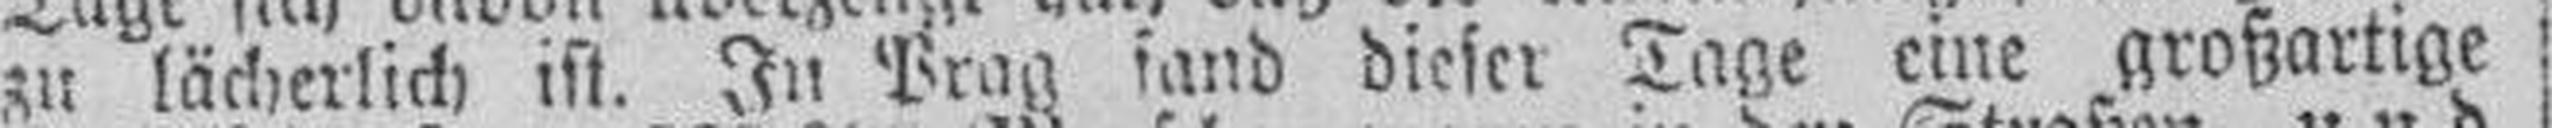
zu lächerlich ist. In Prag sand dieser Tage eine großartige